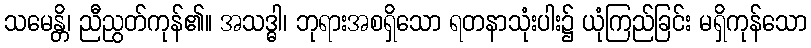
သမေန္တိ၊ ညီညွတ်ကုန်၏။ အသဒ္ဓါ၊ ဘုရားအစရှိသော ရတနာသုံးပါး၌ ယုံကြည်ခြင်း မရှိကုန်သော